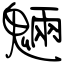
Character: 魎